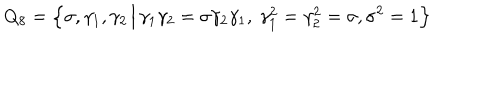
LaTeX: Q _ { 8 } = \Big \{ \sigma , \gamma _ { 1 } , \gamma _ { 2 } \, \Big | \, \gamma _ { 1 } \gamma _ { 2 } = \sigma \gamma _ { 2 } \gamma _ { 1 } , ~ \gamma _ { 1 } ^ { 2 } = \gamma _ { 2 } ^ { 2 } = \sigma , \sigma ^ { 2 } = 1 \Big \}